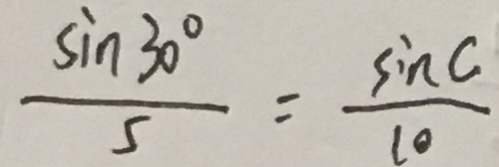
\frac { \sin 3 0 ^ { \circ } } { 5 } = \frac { \sin C } { 1 0 }